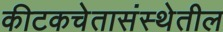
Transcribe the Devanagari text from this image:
कीटकचेतासंस्थेतील